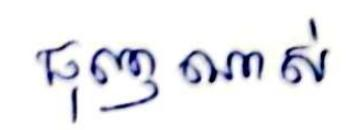
ធុញណាស់